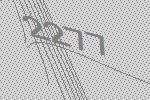
2277